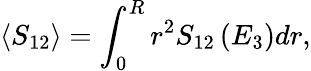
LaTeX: \langle S_{12}\rangle=\int_{0}^{R}r^{2}S_{12}\left(E_{3}\right)dr,